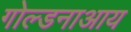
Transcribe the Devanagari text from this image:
गोल्डनाआय